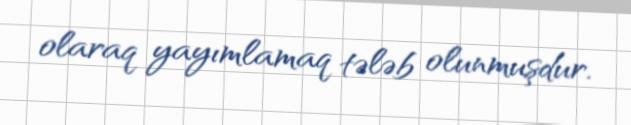
olaraq yayımlamaq tələb olunmuşdur.